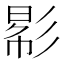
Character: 𢒠